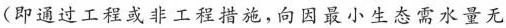
(即通过工程或非工程措施，向因最小生态需水量无